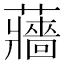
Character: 蘠